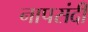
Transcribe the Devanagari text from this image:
नापसंदी